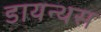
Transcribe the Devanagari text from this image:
डायन्थस